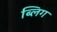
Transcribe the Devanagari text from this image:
ब्लिग